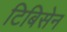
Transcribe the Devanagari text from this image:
टिबिसेन